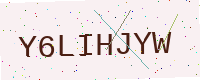
Text: Y6LIHJYW